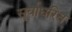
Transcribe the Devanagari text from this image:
सूर्याधरित